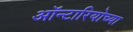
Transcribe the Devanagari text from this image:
ऑन्टारियोच्या